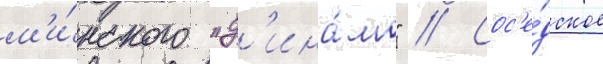
м'и́нского "д'ина́мо" // Сос'е́дское